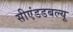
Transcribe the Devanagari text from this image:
सीएंडडबल्यू